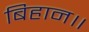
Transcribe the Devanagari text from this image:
बिहान॥